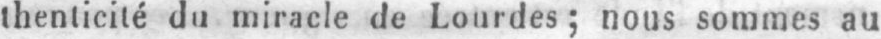
thenticité du miracle de Lourdes; nous sommes au